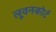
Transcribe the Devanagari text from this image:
लूवनकोर्ट